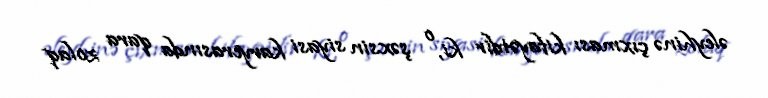
əleyhinə çıxması kifayətdir ki, o şəxsin siyasi karyerasında qara zolaq